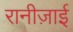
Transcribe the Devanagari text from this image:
रानीज़ाई